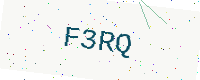
Text: F3RQ